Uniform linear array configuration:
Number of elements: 32
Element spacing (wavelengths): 0.25
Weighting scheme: exponential
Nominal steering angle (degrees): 0
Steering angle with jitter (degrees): -1.666
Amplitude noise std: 0.05
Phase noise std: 0.05

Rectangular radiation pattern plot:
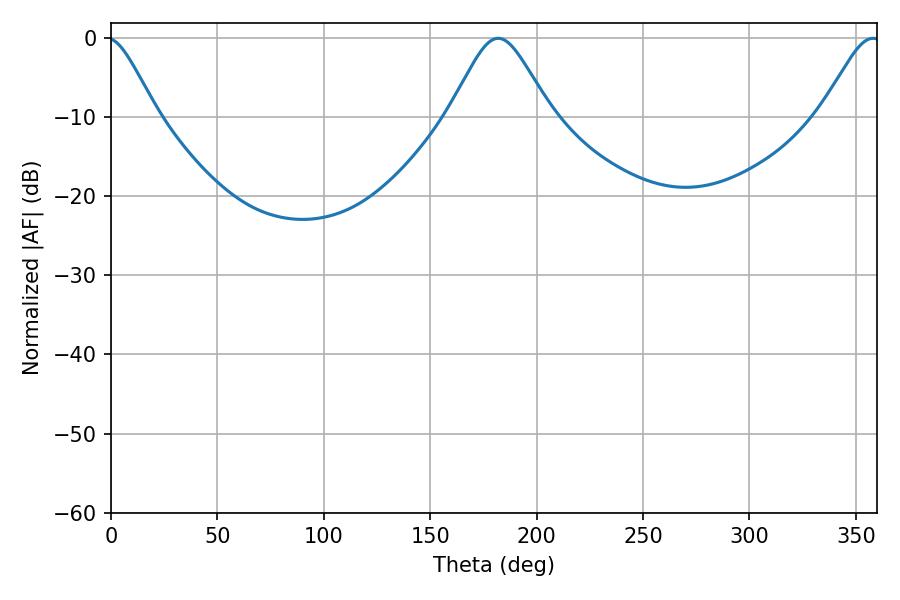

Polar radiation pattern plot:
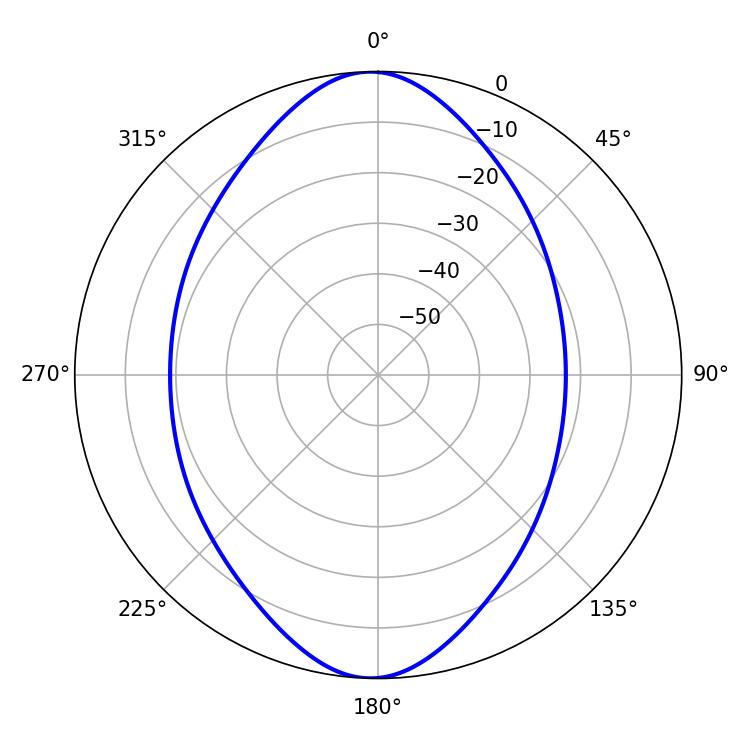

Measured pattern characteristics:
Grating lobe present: FALSE
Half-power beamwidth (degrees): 23.4
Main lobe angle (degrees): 181.98